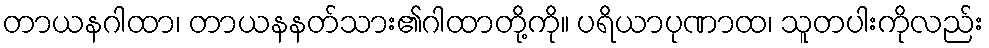
တာယနဂါထာ၊ တာယနနတ်သား၏ဂါထာတို့ကို။ ပရိယာပုဏာထ၊ သူတပါးကိုလည်း